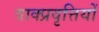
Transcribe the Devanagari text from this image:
वाक्प्रवृत्तियों